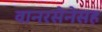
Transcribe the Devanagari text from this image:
वानरसेनेसह